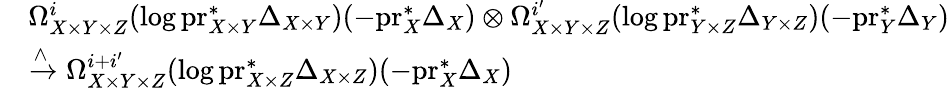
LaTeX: \begin{array}{rl}&{\Omega_{X\times Y\times Z}^{i}(\log\mathrm{pr}_{X\times Y}^{*}\Delta_{X\times Y})(-\mathrm{pr}_{X}^{*}\Delta_{X})\otimes\Omega_{X\times Y\times Z}^{i^{\prime}}(\log\mathrm{pr}_{Y\times Z}^{*}\Delta_{Y\times Z})(-\mathrm{pr}_{Y}^{*}\Delta_{Y})}\\ &{\xrightarrow{\wedge}\Omega_{X\times Y\times Z}^{i+i^{\prime}}(\log\mathrm{pr}_{X\times Z}^{*}\Delta_{X\times Z})(-\mathrm{pr}_{X}^{*}\Delta_{X})}\end{array}